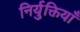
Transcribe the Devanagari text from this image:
निर्युक्तियाँ